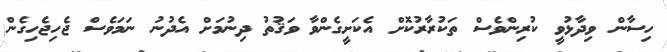
ހިސާން ވިދާޅުވީ ކުރިންވެސް ތަކުރާރުކޮށް އެކަށީގެންވާ ވަޤުތު ދިނުމަށް އެދުނު ނަމަވެސް ޖެހިޖެހިގެން